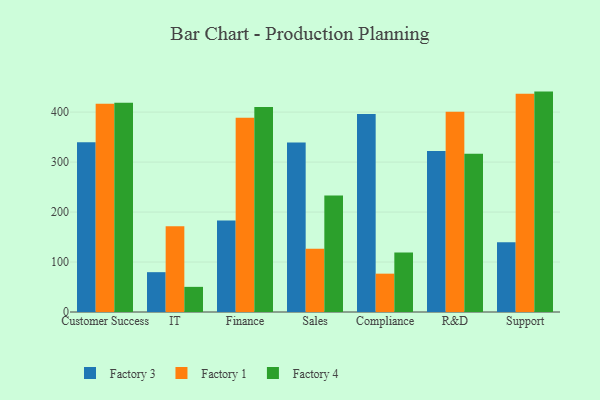
{"axis": {"x": "Department", "y": "Churn Rate (%)"}, "legend": ["Factory 1", "Factory 3", "Factory 4"], "data": [{"x": "Customer Success", "y": 339.5, "type": "Factory 3"}, {"x": "Customer Success", "y": 416.7, "type": "Factory 1"}, {"x": "Customer Success", "y": 418.8, "type": "Factory 4"}, {"x": "IT", "y": 79.7, "type": "Factory 3"}, {"x": "IT", "y": 171.6, "type": "Factory 1"}, {"x": "IT", "y": 50.3, "type": "Factory 4"}, {"x": "Finance", "y": 183.1, "type": "Factory 3"}, {"x": "Finance", "y": 388.5, "type": "Factory 1"}, {"x": "Finance", "y": 410.2, "type": "Factory 4"}, {"x": "Sales", "y": 339.3, "type": "Factory 3"}, {"x": "Sales", "y": 126.6, "type": "Factory 1"}, {"x": "Sales", "y": 233.2, "type": "Factory 4"}, {"x": "Compliance", "y": 396.3, "type": "Factory 3"}, {"x": "Compliance", "y": 76.7, "type": "Factory 1"}, {"x": "Compliance", "y": 119.3, "type": "Factory 4"}, {"x": "R&D", "y": 322.3, "type": "Factory 3"}, {"x": "R&D", "y": 400.7, "type": "Factory 1"}, {"x": "R&D", "y": 316.4, "type": "Factory 4"}, {"x": "Support", "y": 139.8, "type": "Factory 3"}, {"x": "Support", "y": 436.8, "type": "Factory 1"}, {"x": "Support", "y": 441.0, "type": "Factory 4"}]}